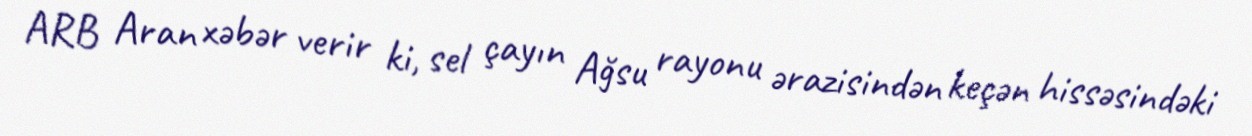
ARB Aran xəbər verir ki, sel çayın Ağsu rayonu ərazisindən keçən hissəsindəki